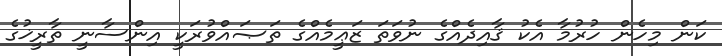
ކަން މިހެން ހުރުމާ އެކު ޤާއިދެއްގެ ނުވަތަ ޒަޢީމެއްގެ ތަޞައްވުރަކީ އިންސާނީ ތާރީޚުގެ